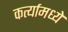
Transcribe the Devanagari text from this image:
कर्त्यामध्ये